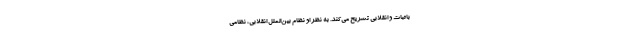
باثبات و انقلابی تشریح می‌کند. به نظر او نظام بین‌الملل انقلابی، نظامی